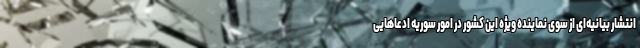
انتشار بیانیه‌ای از سوی نماینده ویژه این کشور در امور سوریه ادعاهایی